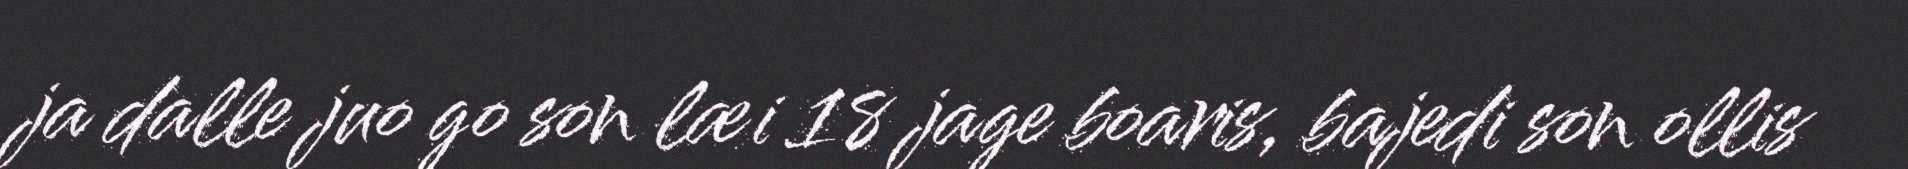
ja dalle juo go son læi 18 jage boaris, bajedi son ollis